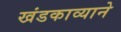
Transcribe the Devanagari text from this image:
खंडकाव्याने